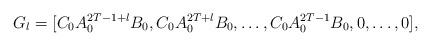
LaTeX: \begin{align*} G_l &= [C_0A_0^{2T-1+l}B_0,C_0A_0^{2T+l}B_0,\dots,C_0A_0^{2T-1}B_0,0,\dots,0],\end{align*}